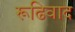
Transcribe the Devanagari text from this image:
रूढिवाद